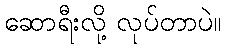
ဆောရီးလို့ လုပ်တာပဲ။